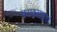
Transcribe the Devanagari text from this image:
पराक्साइडों